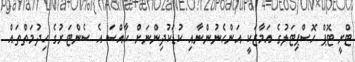
ޓްރީ ޓޮޕް ހޮސްޕިޓަލުގެ އަމާޒަކީ އަންހެނުންނާއި ކުޑަކުދިންނަށް ހާއްސަ އެ ސެންޓަރުގެ ހިދުމަތްތައް